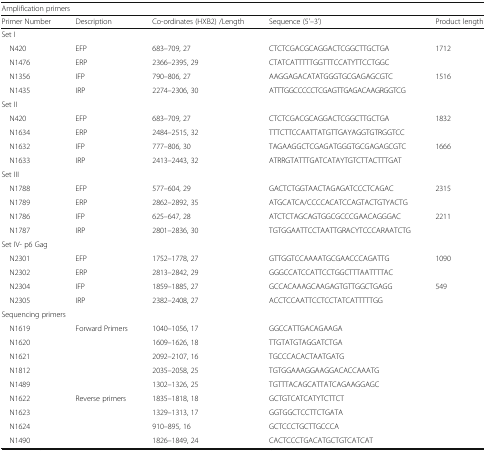
<table><thead><tr><td colspan="5"><b>Amplification primers</b></td></tr><tr><td><b>Primer Number</b></td><td><b>Description</b></td><td><b>Co-ordinates (HXB2) /Length</b></td><td><b>Sequence (5&#x27;–3&#x27;)</b></td><td><b>Product length</b></td></tr></thead><tbody><tr><td colspan="5">Set I</td></tr><tr><td> N420</td><td>EFP</td><td>683–709, 27</td><td>CTCTCGACGCAGGACTCGGCTTGCTGA</td><td rowspan="2">1712</td></tr><tr><td> N1476</td><td>ERP</td><td>2366–2395, 29</td><td>CTATCATTTTTGGTTTCCATYTTCCTGGC</td></tr><tr><td> N1356</td><td>IFP</td><td>790–806, 27</td><td>AAGGAGACATATGGGTGCGAGAGCGTC</td><td rowspan="2">1516</td></tr><tr><td> N1435</td><td>IRP</td><td>2274–2306, 30</td><td>ATTTGGCCCCCTCGAGTTGAGACAAGRGGTCG</td></tr><tr><td colspan="5">Set II</td></tr><tr><td> N420</td><td>EFP</td><td>683–709, 27</td><td>CTCTCGACGCAGGACTCGGCTTGCTGA</td><td rowspan="2">1832</td></tr><tr><td> N1634</td><td>ERP</td><td>2484–2515, 32</td><td>TTTCTTCCAATTATGTTGAYAGGTGTRGGTCC</td></tr><tr><td> N1632</td><td>IFP</td><td>777–806, 30</td><td>TAGAAGGCTCGAGATGGGTGCGAGAGCGTC</td><td rowspan="2">1666</td></tr><tr><td> N1633</td><td>IRP</td><td>2413–2443, 32</td><td>ATRRGTATTTGATCATAYTGTCTTACTTTGAT</td></tr><tr><td colspan="5">Set III</td></tr><tr><td> N1788</td><td>EFP</td><td>577–604, 29</td><td>GACTCTGGTAACTAGAGATCCCTCAGAC</td><td rowspan="2">2315</td></tr><tr><td> N1789</td><td>ERP</td><td>2862–2892, 35</td><td>ATGCATCA/CCCCACATCCAGTACTGTYACTG</td></tr><tr><td> N1786</td><td>IFP</td><td>625–647, 28</td><td>ATCTCTAGCAGTGGCGCCCGAACAGGGAC</td><td rowspan="2">2211</td></tr><tr><td> N1787</td><td>IRP</td><td>2801–2836, 30</td><td>TGTGGAATTCCTAATTGRACYTCCCARAATCTG</td></tr><tr><td colspan="5">Set IV- p6 Gag</td></tr><tr><td> N2301</td><td>EFP</td><td>1752–1778, 27</td><td>GTTGGTCCAAAATGCGAACCCAGATTG</td><td rowspan="2">1090</td></tr><tr><td> N2302</td><td>ERP</td><td>2813–2842, 29</td><td>GGGCCATCCATTCCTGGCTTTAATTTTAC</td></tr><tr><td> N2304</td><td>IFP</td><td>1859–1885, 27</td><td>GCCACAAAGCAAGAGTGTTGGCTGAGG</td><td rowspan="2">549</td></tr><tr><td> N2305</td><td>IRP</td><td>2382–2408, 27</td><td>ACCTCCAATTCCTCCTATCATTTTTGG</td></tr><tr><td colspan="5">Sequencing primers</td></tr><tr><td> N1619</td><td rowspan="5">Forward Primers</td><td>1040–1056, 17</td><td>GGCCATTGACAGAAGA</td><td></td></tr><tr><td> N1620</td><td>1609–1626, 18</td><td>TTGTATGTAGGATCTGA</td><td></td></tr><tr><td> N1621</td><td>2092–2107, 16</td><td>TGCCCACACTAATGATG</td><td></td></tr><tr><td> N1812</td><td>2035–2058, 25</td><td>TGTGGAAAGGAAGGACACCAAATG</td><td></td></tr><tr><td> N1489</td><td>1302–1326, 25</td><td>TGTTTACAGCATTATCAGAAGGAGC</td><td></td></tr><tr><td> N1622</td><td rowspan="4">Reverse primers</td><td>1835–1818, 18</td><td>GCTGTCATCATYTCTTCT</td><td></td></tr><tr><td> N1623</td><td>1329–1313, 17</td><td>GGTGGCTCCTTCTGATA</td><td></td></tr><tr><td> N1624</td><td>910–895, 16</td><td>GCTCCCTGCTTGCCCA</td><td></td></tr><tr><td> N1490</td><td>1826–1849, 24</td><td>CACTCCCTGACATGCTGTCATCAT</td><td></td></tr></tbody></table>